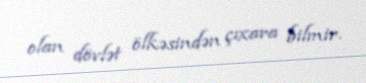
olan dövlət ölkəsindən çıxara bilmir.